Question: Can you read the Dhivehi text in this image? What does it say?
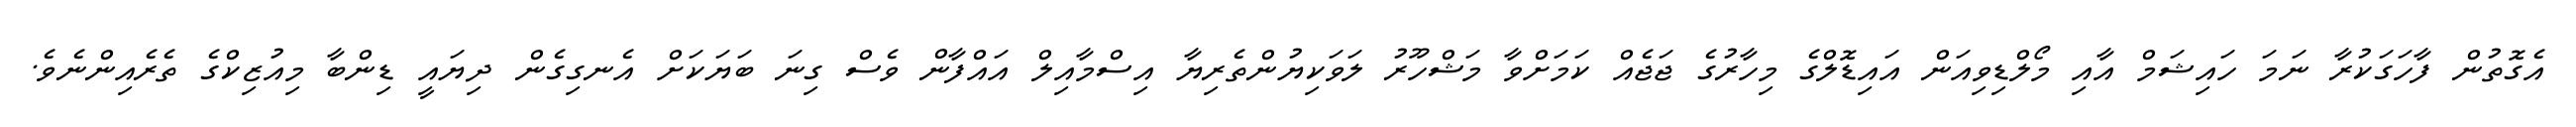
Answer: އެގޮތުން ފާހަގަކުރާ ނަމަ ހައިޝަމް އާއި މޯލްޑިވިއަން އައިޑޮލްގެ މިހާރުގެ ޖަޖެއް ކަމަށްވާ މަޝްހޫރު ލަވަކިޔުންތެރިޔާ އިސްމާއިލް އައްފާން ވެސް ގިނަ ބަޔަކަށް އެނގިގެން ދިޔައީ ޑިންބާ މިއުޒިކްގެ ތެރެއިންނެވެ.